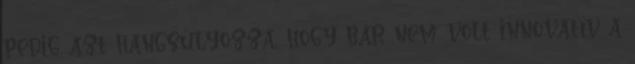
pedig azt hangsúlyozza, hogy bár nem volt innovatív a